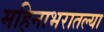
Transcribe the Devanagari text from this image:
महिनाभरातल्या